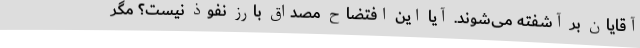
آقایان بر آشفته می‌شوند. آیا این افتضاح مصداق بارز نفوذ نیست؟ مگر